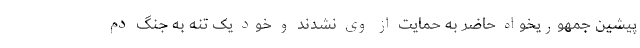
پیشین جمهوریخواه حاضر به حمایت از وی نشدند و خود یک تنه به جنگ دم